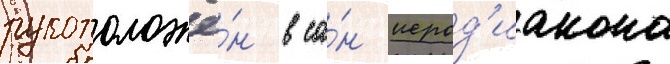
рукоположё́н в са́н иерод'иакона